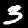
Digit: 3